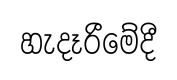
හැදෑරීමේදී